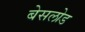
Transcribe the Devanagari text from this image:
बेसलोड